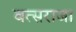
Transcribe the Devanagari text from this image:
वत्सराजा